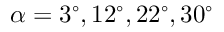
\alpha = 3 ^ { \circ } , 1 2 ^ { \circ } , 2 2 ^ { \circ } , 3 0 ^ { \circ }